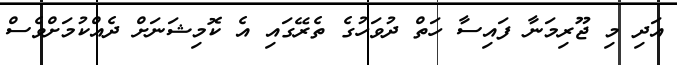
އަދި މި ޖޫރިމަނާ ފައިސާ ހަތް ދުވަހުގެ ތެރޭގައި އެ ކޮމިޝަނަށް ދެއްކުމަށްވެސް